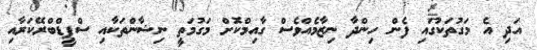
އަދި އެ މަގުތަކުގައި ފެން ހިންދާ ނިޒާމެއްވެސް ގާއިމްކޮށް މަގުމަތީ ނިޝާންތަކާއި ސްޕީޑްބްރޭކަރާއި